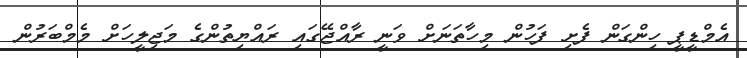
އެމްޑީޕީ ހިންގަން ފެށި ފަހުން މިހާތަނަށް ވަނީ ރާއްޖޭގައި ރައްޔިތުންގެ މަޖިލީހަށް މެމްބަރުން